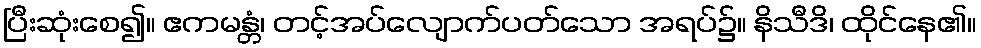
ပြီးဆုံးစေ၍။ ဧကမန္တံ၊ တင့်အပ်လျောက်ပတ်သော အရပ်၌။ နိသီဒိ၊ ထိုင်နေ၏။